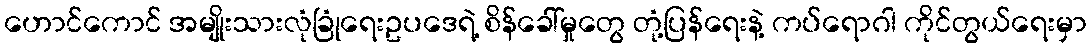
ဟောင်ကောင် အမျိုးသားလုံခြုံရေးဥပဒေရဲ့ စိန်ခေါ်မှုတွေ တုံ့ပြန်ရေးနဲ့ ကပ်ရောဂါ ကိုင်တွယ်ရေးမှာ